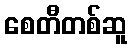
စေတီတစ်ဆူ